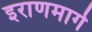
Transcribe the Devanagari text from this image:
इराणमार्गे